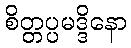
စိတ္တပ္ပမဒ္ဒိနော